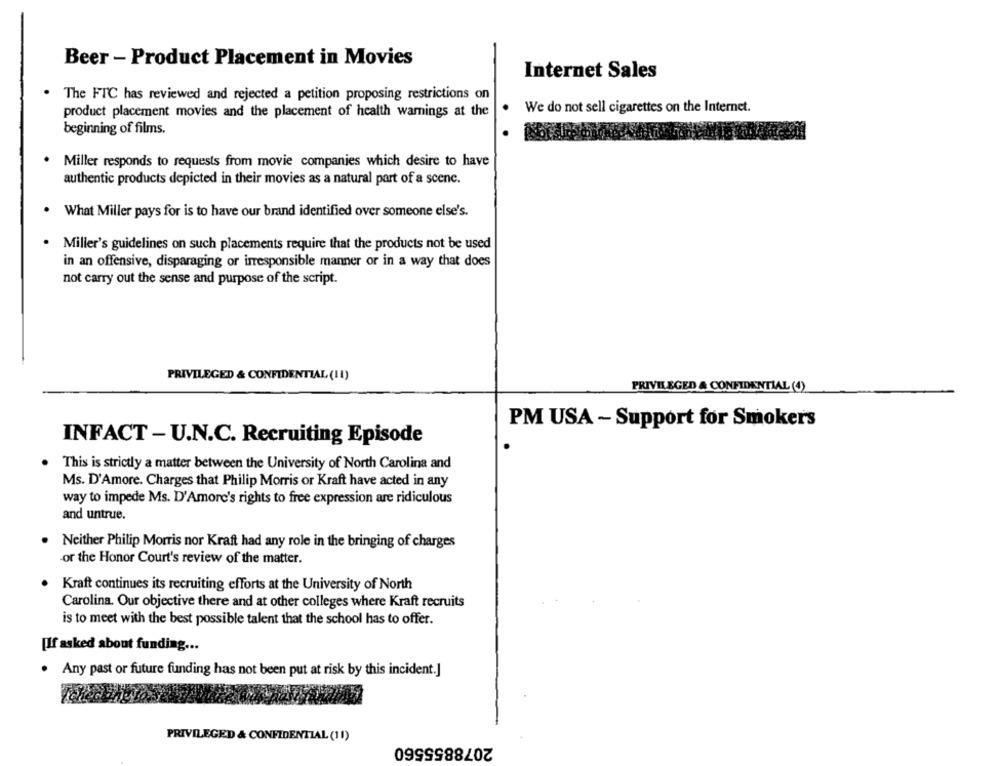
Beer - Product Placement in Movies
Internet Sales
The FTC has reviewed and rejected a petition proposing restrictions on
product placement movies and the placement of health warnings at the
We do not sell cigarettes on the Internet.
beginning of films.
Miller responds to requests from movie companies which desire to have
authentic products depicted in their movies as a natural part of a scene.
What Miller pays for is to have our brand identified over someone else's.
Miller's guidelines on such placements require that the products not be used
in an offensive, disparaging or irresponsible manner or in a way that does
not carry out the sense and purpose of the script.
PRIVILEGED & CONFIDENTIAL (11)
PRIVILEGED & CONFIDENTIAL (4)
PM USA - Support for Smokers
INFACT - U.N.C. Recruiting Episode
This is strictly a matter between the University of North Carolina and
Ms. D'Amore. Charges that Philip Morris or Kraft have acted in any
way to impede Ms. D'Amore's rights to free expression are ridiculous
and untrue.
Neither Philip Morris nor Kraft had any role in the bringing of charges
or the Honor Court's review of the matter.
Kraft continues its recruiting efforts at the University of North
Carolina. Our objective there and at other colleges where Kraft recruits
is to meet with the best possible talent that the school has to offer.
[If asked about funding ...
Any past or future funding has not been put at risk by this incident.]
PRIVILEGED & CONFIDENTIAL (11)
2078855560